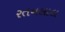
રતનલાલ